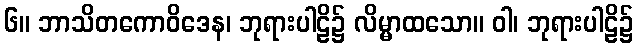
၆။ ဘာသိတကောဝိဒေန၊ ဘုရားပါဠိ၌ လိမ္မာထသော။ ဝါ၊ ဘုရားပါဠိ၌